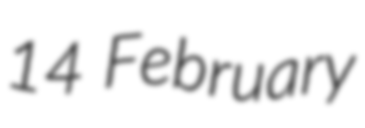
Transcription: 14 February